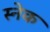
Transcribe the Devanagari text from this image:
स्‍नेक